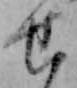
せ